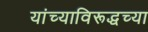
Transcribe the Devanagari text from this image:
यांच्याविरूद्धच्या